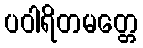
ပဝါရိတမတ္တေ